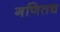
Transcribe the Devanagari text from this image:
गणितच